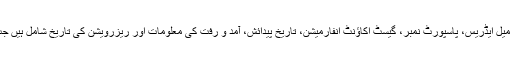
بیان کے مطابق تقریباً 33 کروڑ مہمانوں کی معلومات میں ان کے نام، پتے، فون نمبر، ای میل ایڈریس، پاسپورٹ نمبر، گیسٹ اکاؤنٹ انفارمیشن، تاریخ پیدائش، آمد و رفت کی معلومات اور ریزرویشن کی تاریخ شامل ہیں جب کہ کئی مہمانوں کے کریڈٹ کارڈز کی معلومات بھی کوڈز کی صورت میں موجود تھیں۔